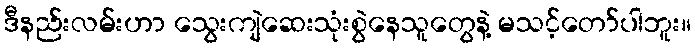
ဒီနည်းလမ်းဟာ သွေးကျဲဆေးသုံးစွဲနေသူတွေနဲ့ မသင့်တော်ပါဘူး။